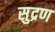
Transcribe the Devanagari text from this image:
सुद्रण